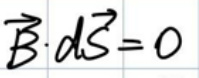
\(\vec{B} \cdot d\vec{S} = 0\)